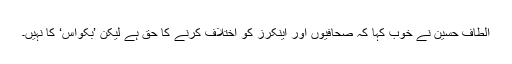
الطاف حسین نے خوب کہا کہ صحافیوں اور اینکرز کو اختلاف کرنے کا حق ہے لیکن ’بکواس‘ کا نہیں۔